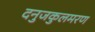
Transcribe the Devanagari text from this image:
दनुजकुलमरण